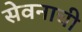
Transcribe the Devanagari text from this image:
सेवनाची